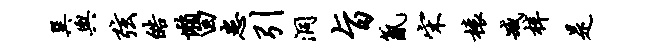
巽舆弦皓懒回患引洞旨氤宋榱臧梓是